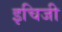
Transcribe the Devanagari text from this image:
इचिजी